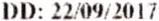
DD: 22/09/2017